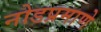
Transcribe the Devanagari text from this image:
नोडप्रमाणे